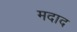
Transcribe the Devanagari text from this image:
मदाद